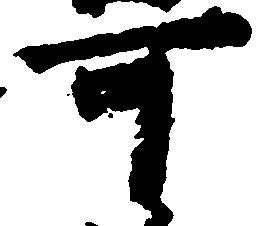
可